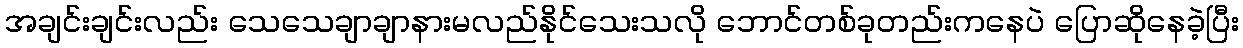
အချင်းချင်းလည်း သေသေချာချာနားမလည်နိုင်သေးသလို ဘောင်တစ်ခုတည်းကနေပဲ ပြောဆိုနေခဲ့ပြီး